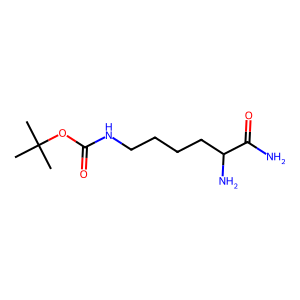
SMILES: CC(C)(C)OC(=O)NCCCCC(N)C(N)=O
Inhibits HIV replication: No